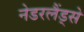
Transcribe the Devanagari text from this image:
नेडरलैंड्से